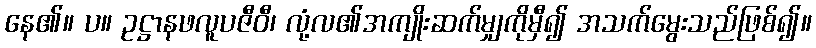
နေ၏။ ပ။ ဥဋ္ဌာနဖလူပဇီဝီ၊ လုံ့လ၏အကျိုးဆက်မျှကိုမှီ၍ အသက်မွေးသည်ဖြစ်၍။